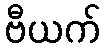
ဗီယက်